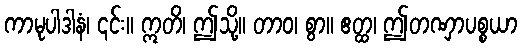
ကာမုပါဒါနံ၊ ၎င်း။ ဣတိ၊ ဤသို့။ တာဝ၊ စွာ။ ဧတ္ထ၊ ဤတဏှာပစ္စယာ